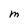
Character: m